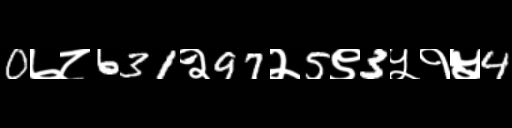
Text: 0७८631२97२5९3५१५4